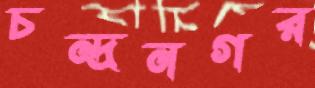
চন্দ্রনগর